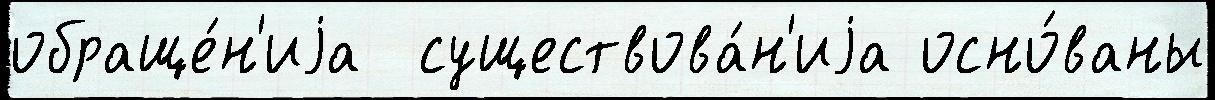
обраще́н'иjа  существова́н'иjа осно́ваны